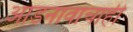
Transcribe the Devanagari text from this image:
आडनावाचाही